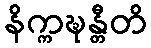
နိက္ကဍ္ဎန္တီတိ